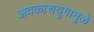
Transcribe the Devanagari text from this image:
अवकाशयुगामुळे